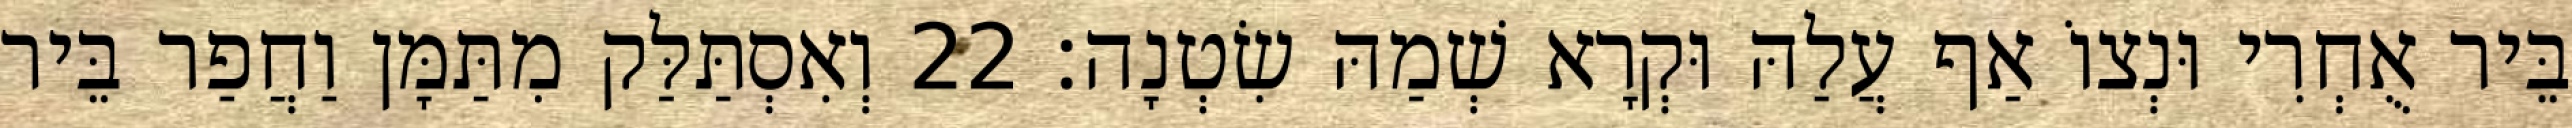
בֵּיר אֻחְרִי וּנְצוֹ אַף עֲלַהּ וּקְרָא שְׁמַהּ שִׂטְנָה׃ 22 וְאִסְתַּלַּק מִתַּמָּן וַחֲפַר בֵּיר